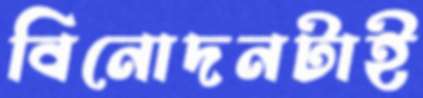
বিনোদনটাই